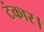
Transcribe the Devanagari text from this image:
टंकार।